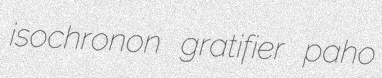
isochronon gratifier paho